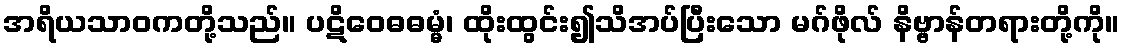
အရိယသာဝကတို့သည်။ ပဋိဝေဓဓမ္မံ၊ ထိုးထွင်း၍သိအပ်ပြီးသော မဂ်ဖိုလ် နိဗ္ဗာန်တရားတို့ကို။